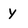
Character: y